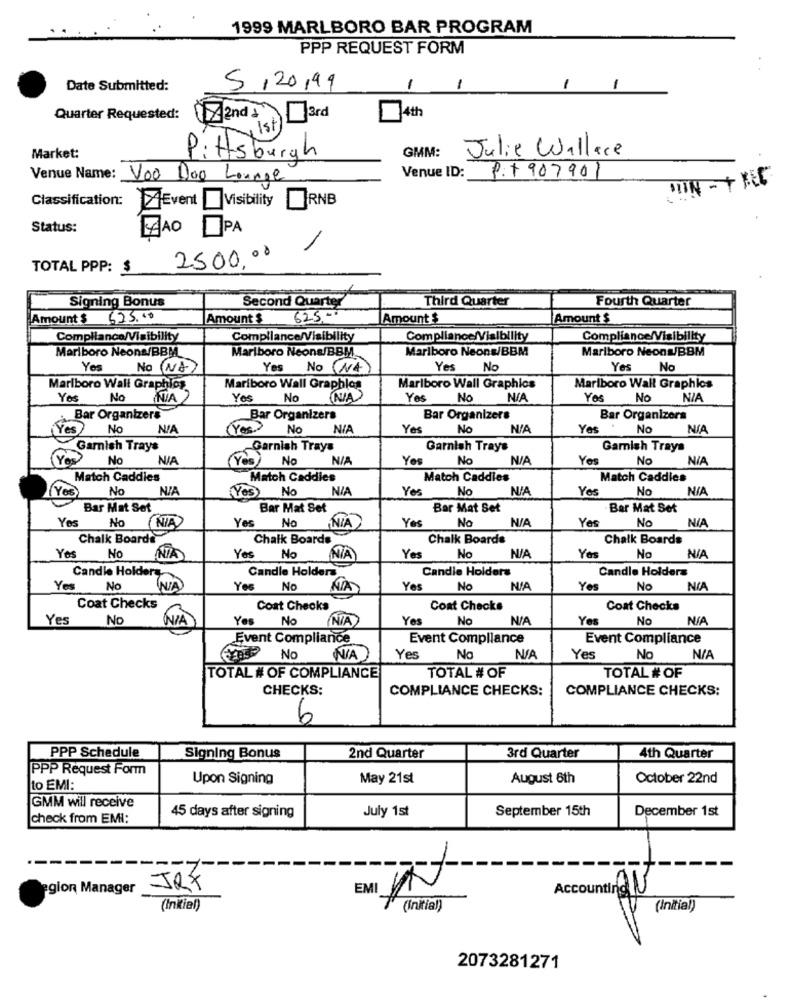
1999 MARLBORO BAR PROGRAM
PPP REQUEST FORM
Date Submitted:
5/20,99
1
1
1
-
Quarter Requested:
4th
y Ist
GMM:
Julie Wallace
Market:
Pittsburgh
Venue Name: Voo Doo Lounge
Venue ID:
P:+ 907901
DIN - + FEC
Classification:
RNB
Event Visibility
Status:
YAOPA
-
2500,00
TOTAL PPP: $
Signing Bonus
Third Quarter
Fourth Quarter
Second Quarter
Amount $ 623.00
Amount S
625-0
Amount $
Amount $
npllance/Visibility
Compliance/Visibility
Compliance/Visibility
Compliance/Visibility
Marlboro Neons/BBM
Marlboro Neons/BBM
Marlboro Neonw/BBM
Marlboro Neons/BBM ..
Yes
No (M&
Yes No NA
Yes
No
Yes
No
Marlboro Wall Graphlos
Mariboro Wall Graphlos
Marlboro Wall Graphics
Mariboro Wall Graphics
Yes
No
NIA)
Yos
No
(N/A
Yes No
NIA
No N/A
Bar Organizers
Bar Organizers
Bar Organizers
Bar Organizers
No
(Yes.> No
NIA
Yes
No
Yes No
Garnish Trays
Garnish Trays
Garnish Trays
Garnish Trays
No
(Yes No
Yes
No
Yes
No
NIA
Match Caddies
Match Caddies
Match Caddies
Match Caddies
(Yes
No
Yes No
NIA
Yes
No
Yes
No
NIA
Bar Mat Set
Bar Mat Set
Bar Mat Set
Bar Mat Set
Yes
No
NIA
Yes
No
NIA
Yes
No
Yes
No
NIA
Chalk Boarde
Chalk Boards
Chalk Boards
Chalk Boards
Yes
No
NIA
Yes
No
NIA
Yes
No
Yes
No
Candle Holders
Candle Holders
Candle Holders
Candle Holders
Yes
No
NIA
Yes
No
NA
Yes
No
Yes
No
NIA
Coat Checks
Coat Checks
Cont Checks
Coat Checks
Yes
No
Yes
No
Yes
No
Yes
No
Event Compliance
Event Compliance
Event Compliance
No
NA
Yes
No
Yes
No N/A
TOTAL # OF
TOTAL # OF COMPLIANCE
TOTAL # OF
CHECKS:
COMPLIANCE CHECKS:
COMPLIANCE CHECKS:
6
PPP Schedule
Signing Bonus
2nd Quarter
3rd Quarter
4th Quarter
PPP Request Form
Upon Signing
May 21st
August 6th
October 22nd
to EMI:
GMM will receive
July 1st
September 15th
check from EMI:
45 days after signing
December 1st
-- 7-
egion Manager
Accountir al
*
(Initial)
(Initial)
(Initial)
2073281271